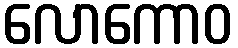
လောကောဝ